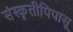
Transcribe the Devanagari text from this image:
संस्कृतीपिपासू